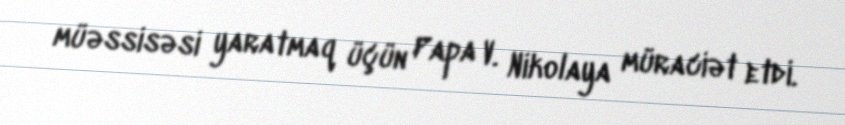
müəssisəsi yaratmaq üçün Papa V. Nikolaya müraciət etdi.